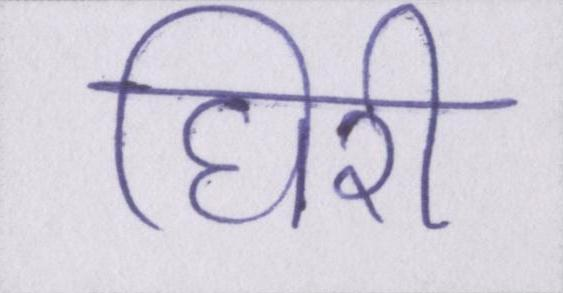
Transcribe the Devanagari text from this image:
घिरी